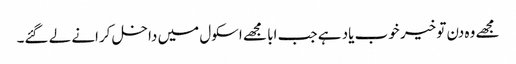
مجھے وہ دن تو خیر خوب یاد ہے جب ابا مجھے اسکول میں داخل کرانے لے گئے۔